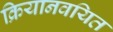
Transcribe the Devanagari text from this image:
क्रियानवयित